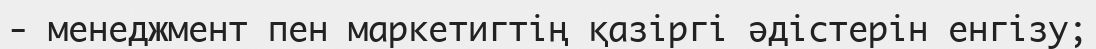
- менеджмент пен маркетигтің қазіргі әдістерін енгізу;